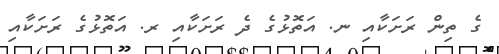
ގެ ތިން ރަށަކާއި ނ. އަތޮޅުގެ ދެ ރަށަކާއި ރ. އަތޮޅުގެ ރަށަކާއި